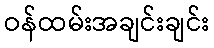
ဝန်ထမ်းအချင်းချင်း